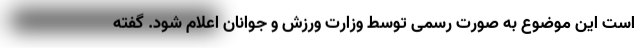
است این موضوع به صورت رسمی توسط وزارت ورزش و جوانان اعلام شود. گفته